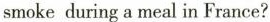
smoke during a meal in France?